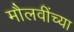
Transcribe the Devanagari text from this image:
मौलवींच्या